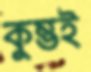
কুম্ভই